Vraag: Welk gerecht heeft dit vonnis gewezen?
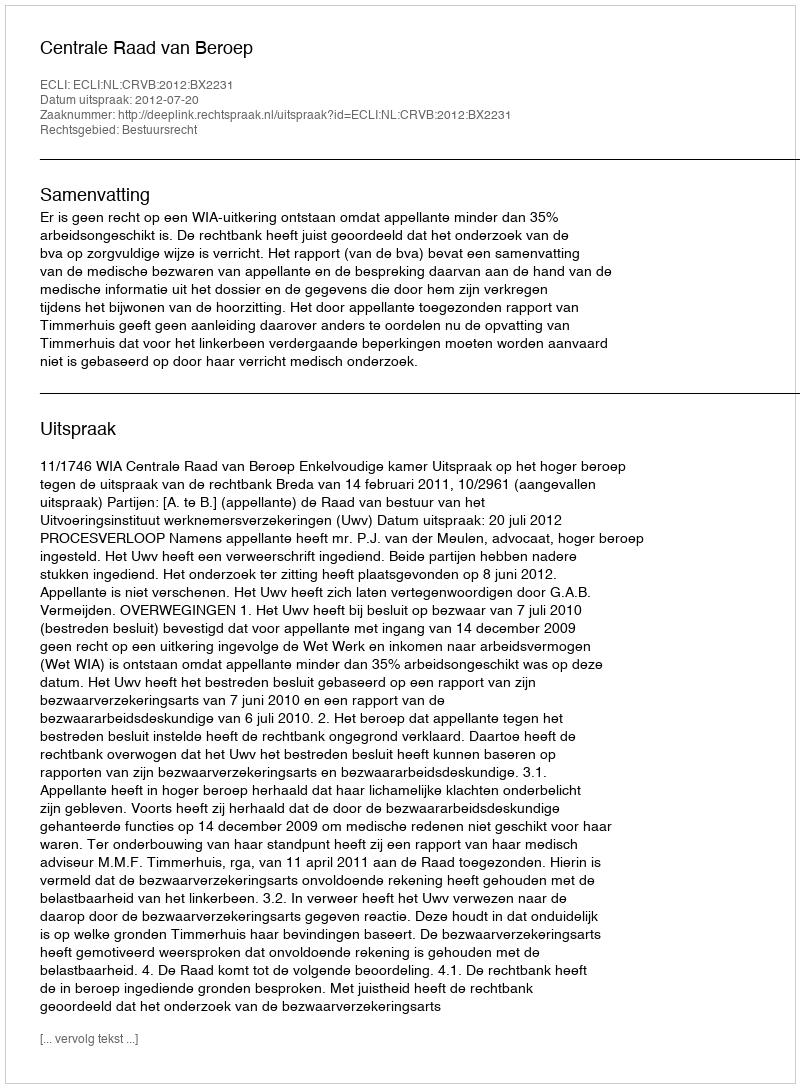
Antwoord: Centrale Raad van Beroep